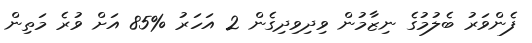
ފެންވަރު ބެލުމުގެ ނިޒާމުން ވިދިވިދިގެން 2 އަހަރު %85 އަށް ވުރެ މަތިން